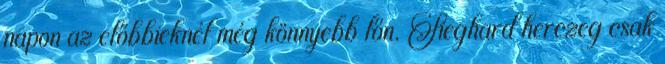
napon az előbbieknél még könnyebb lőn. Sieghard herczeg csak